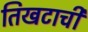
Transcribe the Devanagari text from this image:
तिखटाची